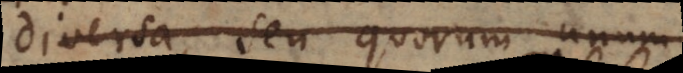
diversa, seu quorum unum